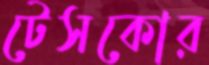
টেসকোর